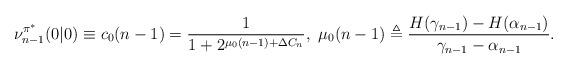
LaTeX: \begin{align*}\nu^{\pi^*}_{n-1}(0|0)\equiv{{c}_0(n-1)=\frac{1}{1+2^{\mu_0(n-1)+\Delta{C}_n}}},~\mu_0(n-1)\triangleq\frac{H(\gamma_{n-1})-H(\alpha_{n-1})}{\gamma_{n-1}-\alpha_{n-1}}.\end{align*}